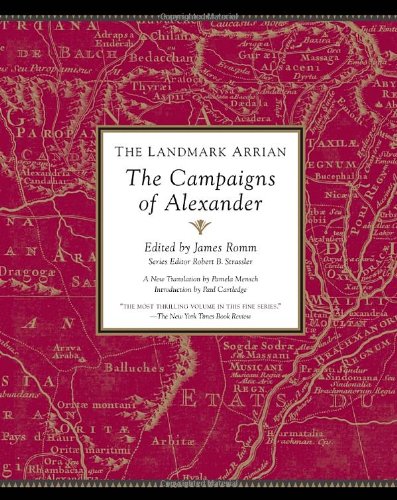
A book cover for The Landmark Arrian: The Campaigns of Alexander (Landmark (Anchor Books)); Arrian; History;